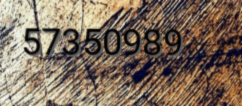
57350989